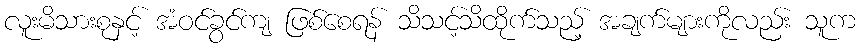
လူးမိသားစုနှင့် အံဝင်ခွင်ကျ ဖြစ်စေရန် သိသင့်သိထိုက်သည့် အချက်များကိုလည်း သူက